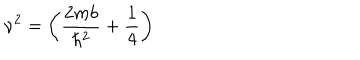
\nu ^ { 2 } = \left( \frac { 2 m b } { \hbar ^ { 2 } } + \frac { 1 } { 4 } \right)